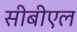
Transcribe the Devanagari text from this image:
सीबीएल